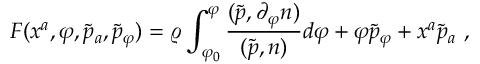
{ \cal F } ( x ^ { a } , \varphi , \tilde { p } _ { a } , \tilde { p } _ { \varphi } ) = \varrho \int _ { \varphi _ { 0 } } ^ { \varphi } \frac { ( \tilde { p } , \partial _ { \varphi } n ) } { ( \tilde { p } , n ) } d \varphi + \varphi \tilde { p } _ { \varphi } + x ^ { a } \tilde { p } _ { a } \ ,